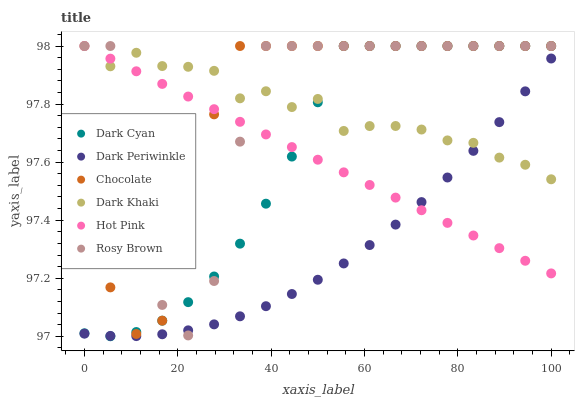
| xaxis_label | Dark Cyan | Dark Periwinkle | Chocolate | Dark Khaki | Hot Pink | Rosy Brown |
 | --- | --- | --- | --- | --- | --- | --- |
 | 0 | 97 | 97 | 97.5 | 98 | 98 | 98 |
 | 5.56 | 97 | 97 | 97.2 | 97.9 | 98 | 98 |
 | 11.1 | 97 | 97 | 97 | 98 | 97.9 | 97.5 |
 | 16.7 | 97.1 | 97 | 97.1 | 97.9 | 97.9 | 97.1 |
 | 22.2 | 97.1 | 97 | 97.3 | 97.9 | 97.8 | 97 |
 | 27.8 | 97.2 | 97 | 97.8 | 97.9 | 97.8 | 97.2 |
 | 33.3 | 97.3 | 97.1 | 98 | 97.8 | 97.7 | 97.7 |
 | 38.9 | 97.5 | 97.1 | 98 | 97.8 | 97.7 | 98 |
 | 44.4 | 97.6 | 97.1 | 98 | 97.8 | 97.7 | 98 |
 | 50 | 97.8 | 97.2 | 98 | 97.8 | 97.6 | 98 |
 | 55.6 | 98 | 97.3 | 98 | 97.7 | 97.6 | 98 |
 | 61.1 | 98 | 97.3 | 98 | 97.7 | 97.5 | 98 |
 | 66.7 | 98 | 97.4 | 98 | 97.7 | 97.5 | 98 |
 | 72.2 | 98 | 97.5 | 98 | 97.7 | 97.4 | 98 |
 | 77.8 | 98 | 97.5 | 98 | 97.7 | 97.4 | 98 |
 | 83.3 | 98 | 97.6 | 98 | 97.7 | 97.3 | 98 |
 | 88.9 | 98 | 97.7 | 98 | 97.6 | 97.3 | 98 |
 | 94.4 | 98 | 97.8 | 98 | 97.6 | 97.3 | 98 |
 | 100 | 98 | 98 | 98 | 97.5 | 97.2 | 98 |